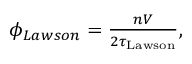
\begin{array} { r } { \phi _ { L a w s o n } = \frac { n V } { 2 \tau _ { \mathrm { L a w s o n } } } , } \end{array}